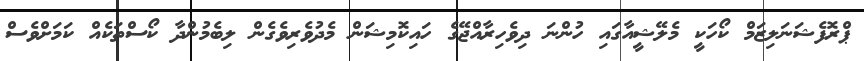
ޕްރޮފެޝަނަލިޒަމް ކޯހަކީ މެލޭޝީއާގައި ހުންނަ ދިވެހިރާއްޖޭގެ ހައިކޮމިޝަން މެދުވެރިވެގެން ލިބެމުންދާ ކޯސްތަކެއް ކަމަށްވެސް